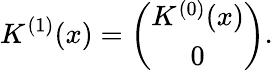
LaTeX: K^{(1)}(x)=\left(\begin{array}{c}{{K^{(0)}(x)}}\\ {{0}}\end{array}\right).